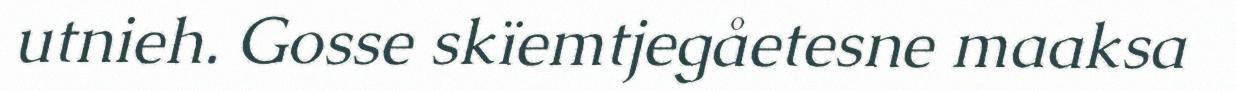
utnieh. Gosse skïemtjegåetesne maaksa